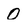
Character: 0